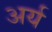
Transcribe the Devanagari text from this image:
अर्य